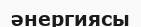
әнергиясы